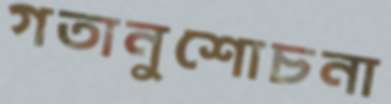
গতানুশোচনা